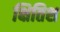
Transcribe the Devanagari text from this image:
क्षितिश